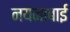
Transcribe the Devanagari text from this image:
नयनाबाई